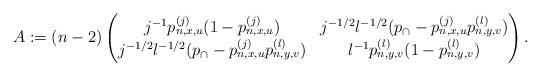
LaTeX: \begin{align*}A:= (n-2)\begin{pmatrix} j^{-1}p_{n,x,u}^{(j)}(1-p_{n,x,u}^{(j)}) & j^{-1/2}l^{-1/2}(p_\cap-p_{n,x,u}^{(j)}p_{n,y,v}^{(l)}) \\ j^{-1/2}l^{-1/2}(p_\cap-p_{n,x,u}^{(j)}p_{n,y,v}^{(l)}) & l^{-1}p_{n,y,v}^{(l)}(1-p_{n,y,v}^{(l)}) \end{pmatrix}.\end{align*}